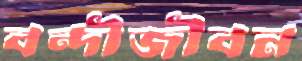
বন্দীজীবন